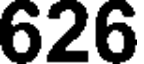
626